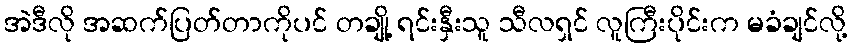
အဲဒီလို အဆက်ပြတ်တာကိုပင် တချို့ ရင်းနှီးသူ သီလရှင် လူကြီးပိုင်းက မခံချင်လို့